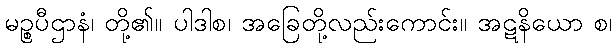
မဉ္စပီဌာနံ၊ တို့၏။ ပါဒါစ၊ အခြေတို့လည်းကောင်း။ အဋနိယော စ၊